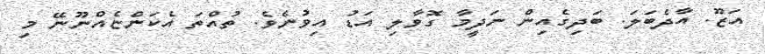
އަޒޫ. އާދެބަލަ. ބަދިގެއިން ނަދީމާ ގޮވާލި އަޑު އިވުނެވެ. ތުއްތަ އެކަންޏެއްނޫނޭ މި